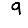
Digit: 9